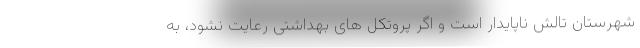
شهرستان تالش ناپایدار است و اگر پروتکل های بهداشتی رعایت نشود، به